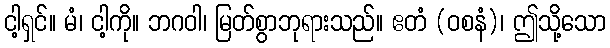
ငါ့ရှင်။ မံ၊ ငါ့ကို။ ဘဂဝါ၊ မြတ်စွာဘုရားသည်။ ဧတံ (ဝစနံ)၊ ဤသို့သော